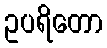
ဥပရိတော